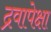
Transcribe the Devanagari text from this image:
द्रवापेक्षा